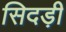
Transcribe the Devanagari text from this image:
सिदड़ी